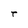
Character: T